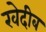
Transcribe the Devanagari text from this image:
खेदीब